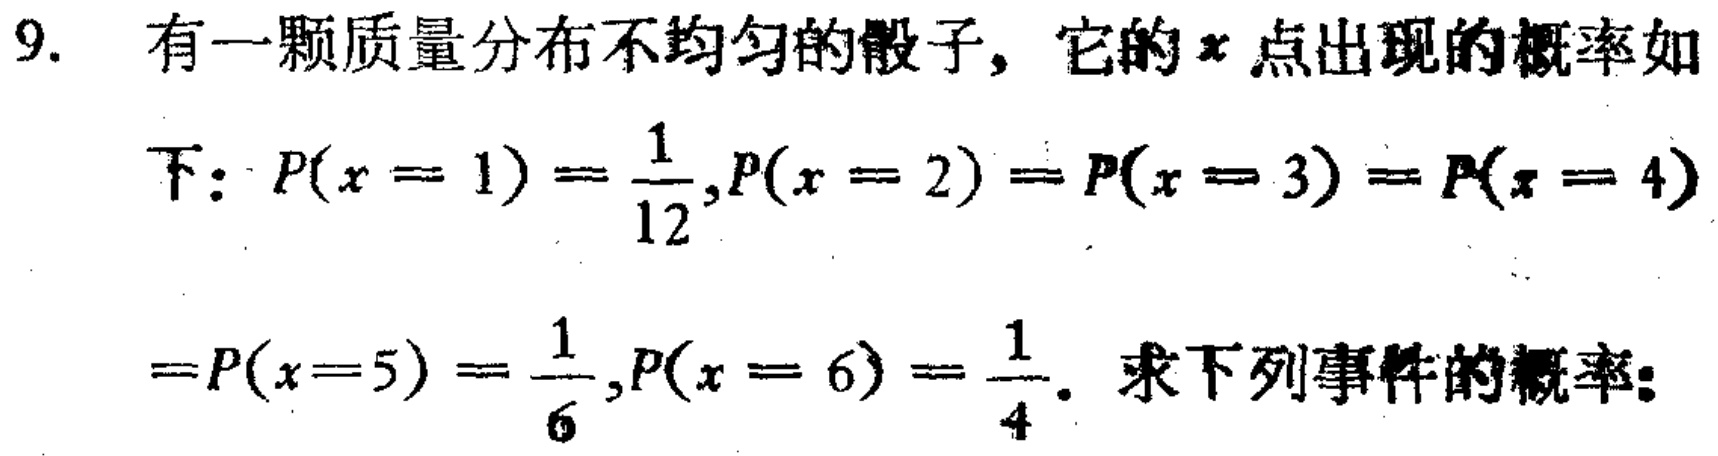
9. 有一颗质量分布不均匀的骰子，它的\(x\)点出现的概率如下：\(P(x = 1)=\frac{1}{12},P(x = 2)=P(x = 3)=P(x = 4)=P(x = 5)=\frac{1}{6},P(x = 6)=\frac{1}{4}\)。求下列事件的概率：